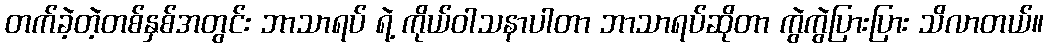
တက်ခဲ့တဲ့တစ်နှစ်အတွင်း ဘာသာရပ် ရဲ့ ကိုယ်ဝါသနာပါတာ ဘာသာရပ်ဆိုတာ ကွဲကွဲပြားပြား သိလာတယ်။